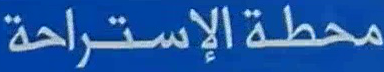
محطة الإستراحة